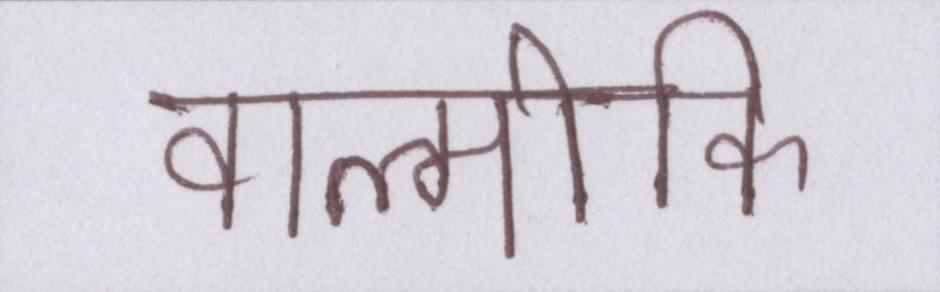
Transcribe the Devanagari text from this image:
वाल्मीकि